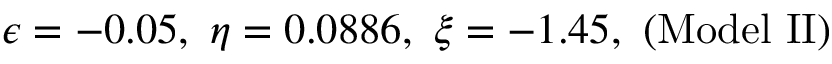
\epsilon = - 0 . 0 5 , ~ \eta = 0 . 0 8 8 6 , ~ \xi = - 1 . 4 5 , \mathrm { ~ ( M o d e l ~ I I ) }